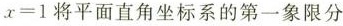
$$x = 1$$将平面直角坐标系的第一象限分